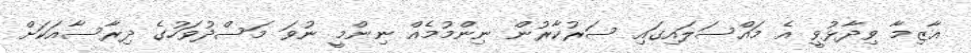
އާޒިމާ ވިދާޅުވީ އެ މައްސަލައިގައި ސަރުކާރުން ނިންމުމެއް ނިންމީ ނުވަ މަސްދުވަހުގެ ދިރާސާއަކަށް